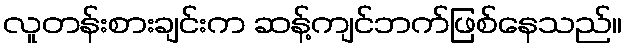
လူတန်းစားချင်းက ဆန့်ကျင်ဘက်ဖြစ်နေသည်။